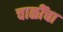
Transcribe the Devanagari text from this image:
चाळींचा